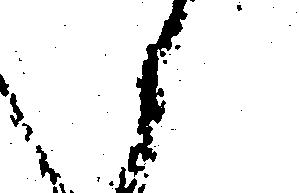
候